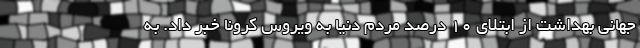
جهانی بهداشت از ابتلای ۱۰ درصد مردم دنیا به ویروس کرونا خبر داد. به